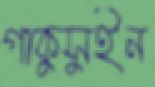
গাকুসুইন